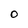
Character: O